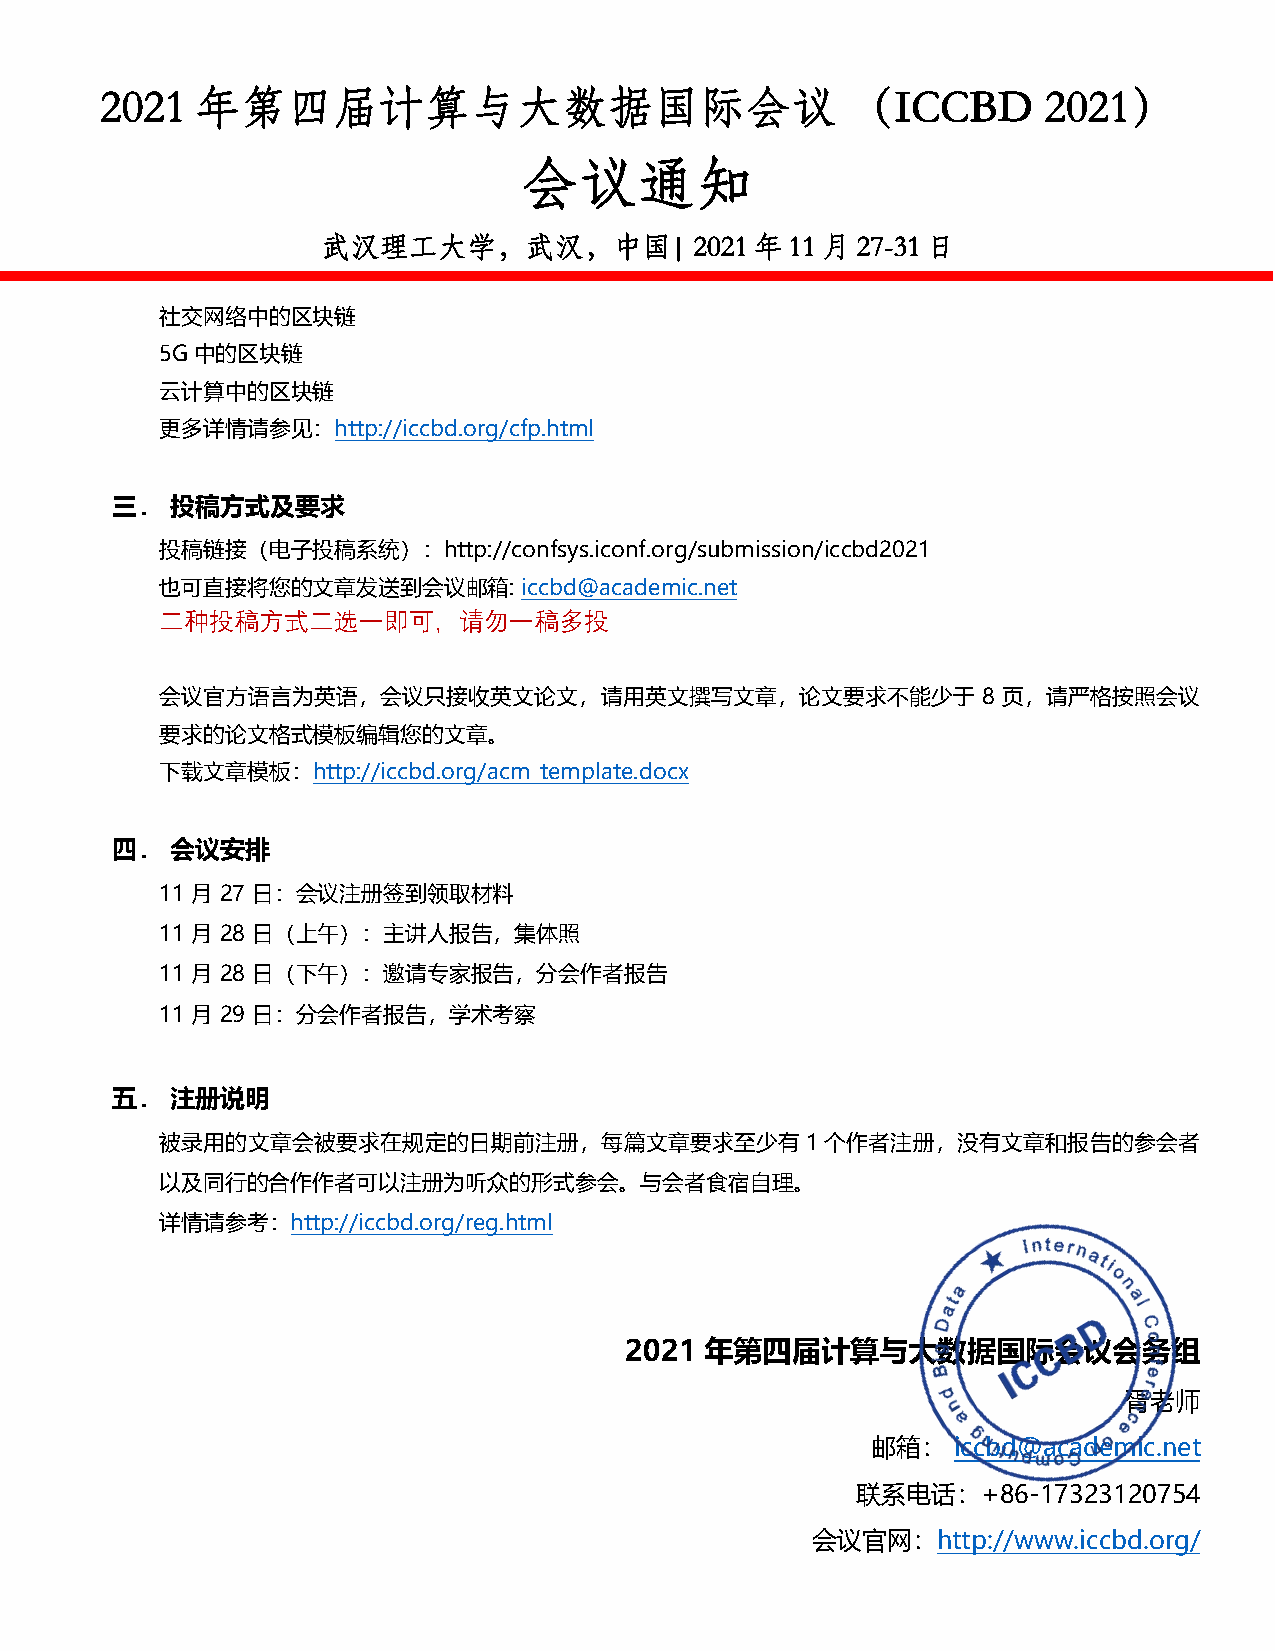
2021  年第四届计算与大数据国际会议                             （ICCBD       2021）
 会议通知
 武汉理工大学，武汉，中国|            2021年11月27-31日
 社交网络中的区块链
 5G中的区块链
 云计算中的区块链
 更多详情请参见：http://iccbd.org/cfp.html
 三．  投稿方式及要求
 投稿链接（电子投稿系统）：http://confsys.iconf.org/submission/iccbd2021
 也可直接将您的文章发送到会议邮箱:       iccbd@academic.net
 二种投稿方式二选一即可，请勿一稿多投
 会议官方语言为英语，会议只接收英文论文，请用英文撰写文章，论文要求不能少于                 8 页，请严格按照会议
 要求的论文格式模板编辑您的文章。
 下载文章模板：http://iccbd.org/acm_template.docx
 四．  会议安排
 11 月 27 日：会议注册签到领取材料
 11 月 28 日（上午）：主讲人报告，集体照
 11 月 28 日（下午）：邀请专家报告，分会作者报告
 11 月 29 日：分会作者报告，学术考察
 五．  注册说明
 被录用的文章会被要求在规定的日期前注册，每篇文章要求至少有1个作者注册，没有文章和报告的参会者
 以及同行的合作作者可以注册为听众的形式参会。与会者食宿自理。
 详情请参考：http://iccbd.org/reg.html
 2021  年第四届计算与大数据国际会议会务组
 胥老师
 邮箱：  iccbd@academic.net
 联系电话：+86-17323120754
 会议官网：http://www.iccbd.org/